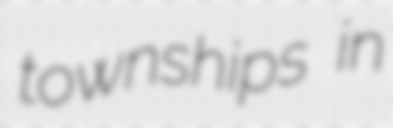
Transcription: townships in